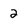
Character: 2